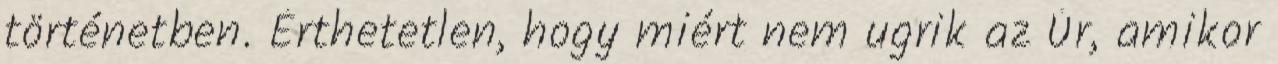
történetben. Érthetetlen, hogy miért nem ugrik az Úr, amikor